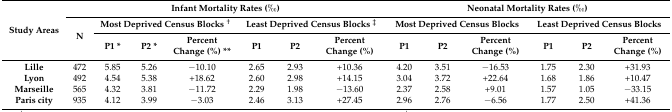
<table><thead><tr><td rowspan="3"><b>Study Areas</b></td><td colspan="7"><b>Infant Mortality Rates (‰)</b></td><td colspan="6"><b>Neonatal Mortality Rates (‰)</b></td></tr><tr><td rowspan="2"><b>N</b></td><td colspan="3"><b>Most Deprived Census Blocks <sup>†</sup></b></td><td colspan="3"><b>Least Deprived Census Blocks <sup>‡</sup></b></td><td colspan="3"><b>Most Deprived Census Blocks</b></td><td colspan="3"><b>Least Deprived Census Blocks</b></td></tr><tr><td><b>P1 *</b></td><td><b>P2 *</b></td><td><b>Percent Change (%) **</b></td><td><b>P1</b></td><td><b>P2</b></td><td><b>Percent Change (%)</b></td><td><b>P1</b></td><td><b>P2</b></td><td><b>Percent Change (%)</b></td><td><b>P1</b></td><td><b>P2</b></td><td><b>Percent Change (%)</b></td></tr></thead><tbody><tr><td><b>Lille</b></td><td>472</td><td>5.85</td><td>5.26</td><td>−10.10</td><td>2.65</td><td>2.93</td><td>+10.36</td><td>4.20</td><td>3.51</td><td>−16.53</td><td>1.75</td><td>2.30</td><td>+31.93</td></tr><tr><td><b>Lyon</b></td><td>492</td><td>4.54</td><td>5.38</td><td>+18.62</td><td>2.60</td><td>2.98</td><td>+14.15</td><td>3.04</td><td>3.72</td><td>+22.64</td><td>1.68</td><td>1.86</td><td>+10.47</td></tr><tr><td><b>Marseille</b></td><td>565</td><td>4.32</td><td>3.81</td><td>−11.72</td><td>2.29</td><td>1.98</td><td>−13.60</td><td>2.37</td><td>2.58</td><td>+9.01</td><td>1.57</td><td>1.05</td><td>−33.15</td></tr><tr><td><b>Paris city</b></td><td>935</td><td>4.12</td><td>3.99</td><td>−3.03</td><td>2.46</td><td>3.13</td><td>+27.45</td><td>2.96</td><td>2.76</td><td>−6.56</td><td>1.77</td><td>2.50</td><td>+41.36</td></tr></tbody></table>